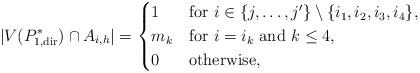
LaTeX: \begin{align*} |V(P^*_{1,{\rm dir}}) \cap A_{i,h}| &= \begin{cases}1& \textrm{for $i \in \{j, \dots, j'\} \setminus \{i_1, i_2, i_3, i_4 \}$,}\\m_k& \textrm{for $i = i_k$ and $k \le 4$,}\\0& \textrm{otherwise,} \end{cases}\end{align*}